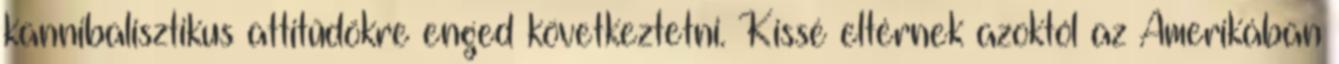
kannibalisztikus attitűdökre enged következtetni. Kissé eltérnek azoktól az Amerikában